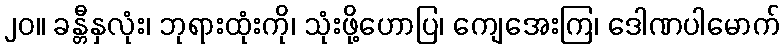
၂၀။ ခန္တီနှလုံး၊ ဘုရားထုံးကို၊ သုံးဖို့ဟောပြ၊ ကျေအေးကြ၊ ဒေါဏပါမောက်